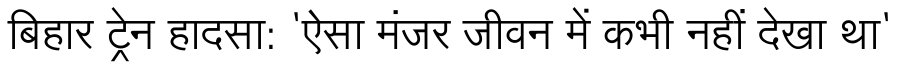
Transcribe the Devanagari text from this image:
बिहार ट्रेन हादसा: 'ऐसा मंजर जीवन में कभी नहीं देखा था'